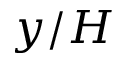
y / H